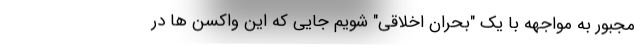
مجبور به مواجهه با یک "بحران اخلاقی" شویم جایی که این واکسن ها در